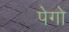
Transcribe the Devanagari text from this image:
पेगो